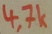
Text: 4,7k